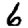
Digit: 6